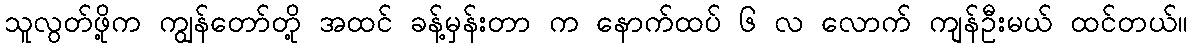
သူလွတ်ဖို့က ကျွန်တော်တို့ အထင် ခန့်မှန်းတာ က နောက်ထပ် ၆ လ လောက် ကျန်ဦးမယ် ထင်တယ်။